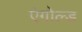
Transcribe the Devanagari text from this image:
एंगोल्ड